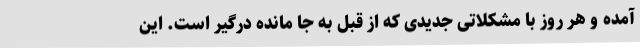
آمده و هر روز با مشکلاتی جدیدی که از قبل به جا مانده درگیر است. این